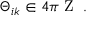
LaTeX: \Theta _ { i k } \in 4 \pi { \mathrm { \boldmath ~ Z ~ } } \; .